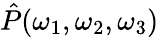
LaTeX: \hat{P}(\omega_{1},\omega_{2},\omega_{3})